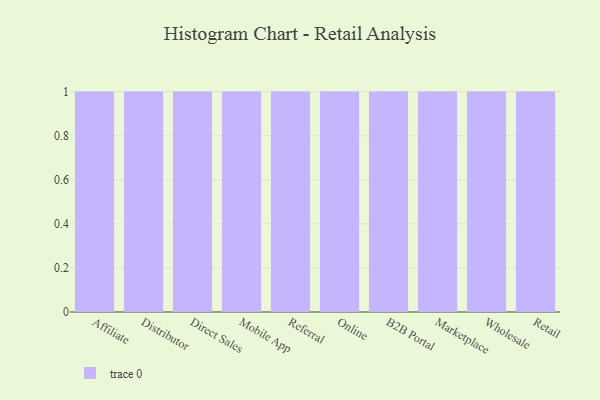
{"axis": {"x": "Channel", "y": "Revenue (USD Million)"}, "legend": [""], "data": [{"x": "Affiliate", "y": 57, "type": ""}, {"x": "Distributor", "y": 16, "type": ""}, {"x": "Direct Sales", "y": 71, "type": ""}, {"x": "Mobile App", "y": 84, "type": ""}, {"x": "Referral", "y": 19, "type": ""}, {"x": "Online", "y": 6, "type": ""}, {"x": "B2B Portal", "y": 33, "type": ""}, {"x": "Marketplace", "y": 9, "type": ""}, {"x": "Wholesale", "y": 37, "type": ""}, {"x": "Retail", "y": 21, "type": ""}]}